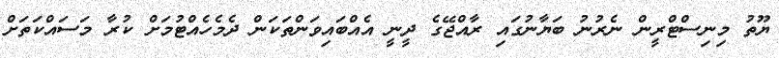
ޔޫތު މިނިސްޓްރީން ނެރުނު ބަޔާނުގައި ރާއްޖޭގެ ދީނީ އެއްބައިވަންތަކަން ދެމެހެއްޓުމަށް ކުރާ މަސައްކަތަށް